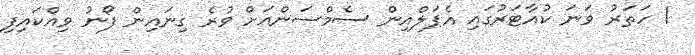
1 ހަތަރު ވަނަ ކުއާޓަރުގައި އެޕަލްއިން ސެމްސަންއަށް ވުރެ ގިނައިން ފޯނު ވިއްކައިފި